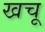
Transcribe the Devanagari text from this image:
खचू